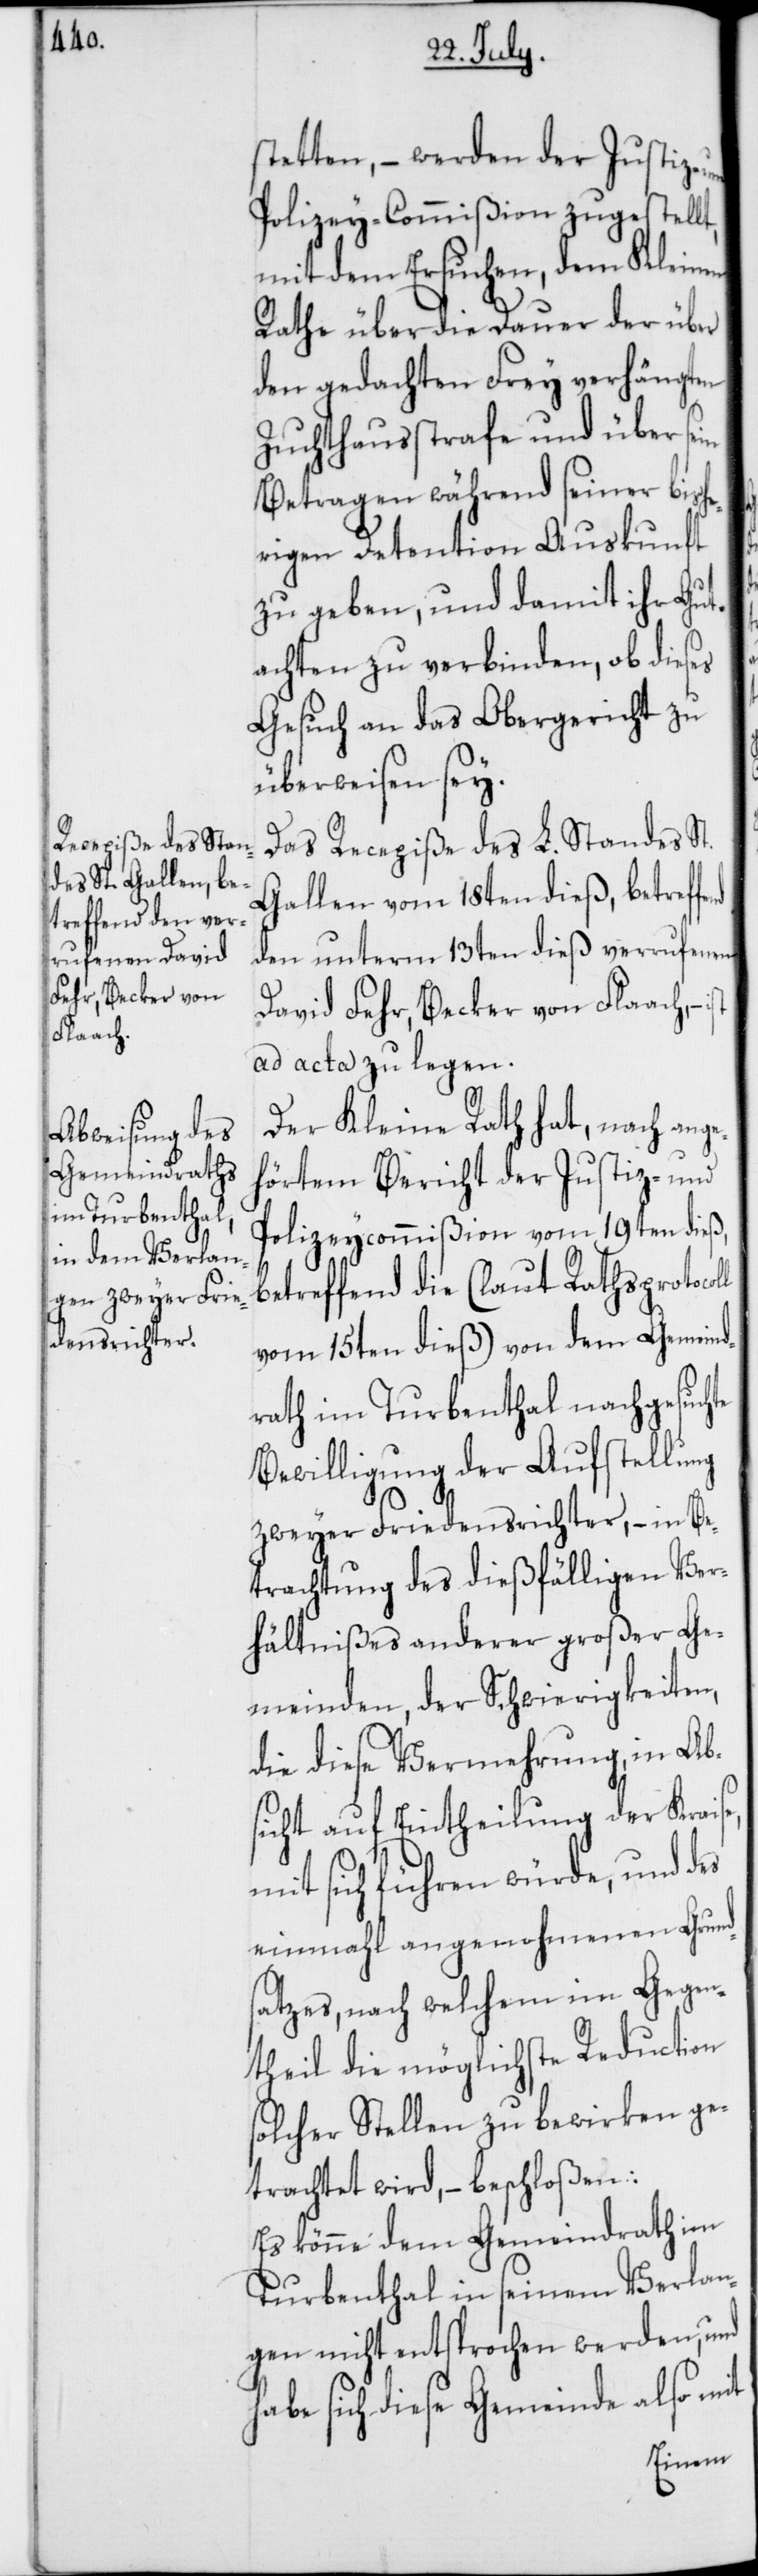
stetten, – werden der Justiz-
Polizey-Commißion zugestellt,
mit dem Ersuchen, dem Kleinen
Rathe über die Dauer der über
den gedachten Frey verhängten
Zuchthaußtrafe und über sein
Betragen während seiner bishe¬
rigen Detention Auskunft
zu geben, und damit ihr Gut¬
achten zu verbinden, ob dieses
Gesuch an das Obergericht zu
überweisen sey.
Das Recepiße des L. Standes St.
Gallen vom 18ten dieß, betreffe¬
den unterm 13ten dieß verrufenen
David Fehr, Becker von Flaach, –
ad acta zu legen.
Der Kleine Rath hat, nach ange¬
hörtem Bericht der Justiz- und
Polizeycommißion vom 19ten dieß,
betreffend die (laut Rathsprotoco¬
vom 15ten dieß) von dem Gemeind¬
rath im Turbenthal nachgesuchte
Bewilligung der Aufstellung
ll
zweyer Friedensrichter, – in Be¬
trachtung des dießfälligen Ver¬
hältnißes anderer großer Ge¬
meinden, der Schwierigkeiten,
die diese Vermehrung, in Ab¬
sicht auf Eintheilung der Kraise
mit sich führen würde, und des
einmahl angenohmenen Grund¬
satzes, nach welchem im Gegen¬
theil die möglichste Reduction
solcher Stellen zu bewirken ge¬
trachtet wird, – beschloßen:
Es könne dem Gemeindrath im
Turbenthal in seinem Verlan¬
gen nicht entsprochen werden, und
habe sich diese Gemeinde also mit